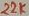
Text: 22K